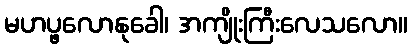
မဟပ္ဖလောနုခေါ၊ အကျိုးကြီးလေသလော။